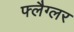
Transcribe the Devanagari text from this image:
फ्लैग्लर